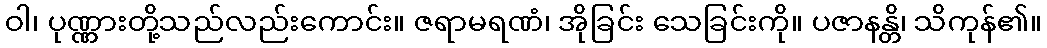
ဝါ၊ ပုဏ္ဏားတို့သည်လည်းကောင်း။ ဇရာမရဏံ၊ အိုခြင်း သေခြင်းကို။ ပဇာနန္တိ၊ သိကုန်၏။